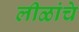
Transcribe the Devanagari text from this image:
लीळांचे